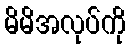
မိမိအလုပ်ကို